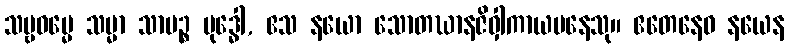
သဗ္ဗဓမ္မေ သမ္မာ သာမဉ္စ ဗုဒ္ဓေါ, ဧသ နယော သောတဃာနဇိဝှါကာယမနေသု။ ဧတေနေဝ နယေန